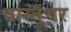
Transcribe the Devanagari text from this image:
वास्तूंवर